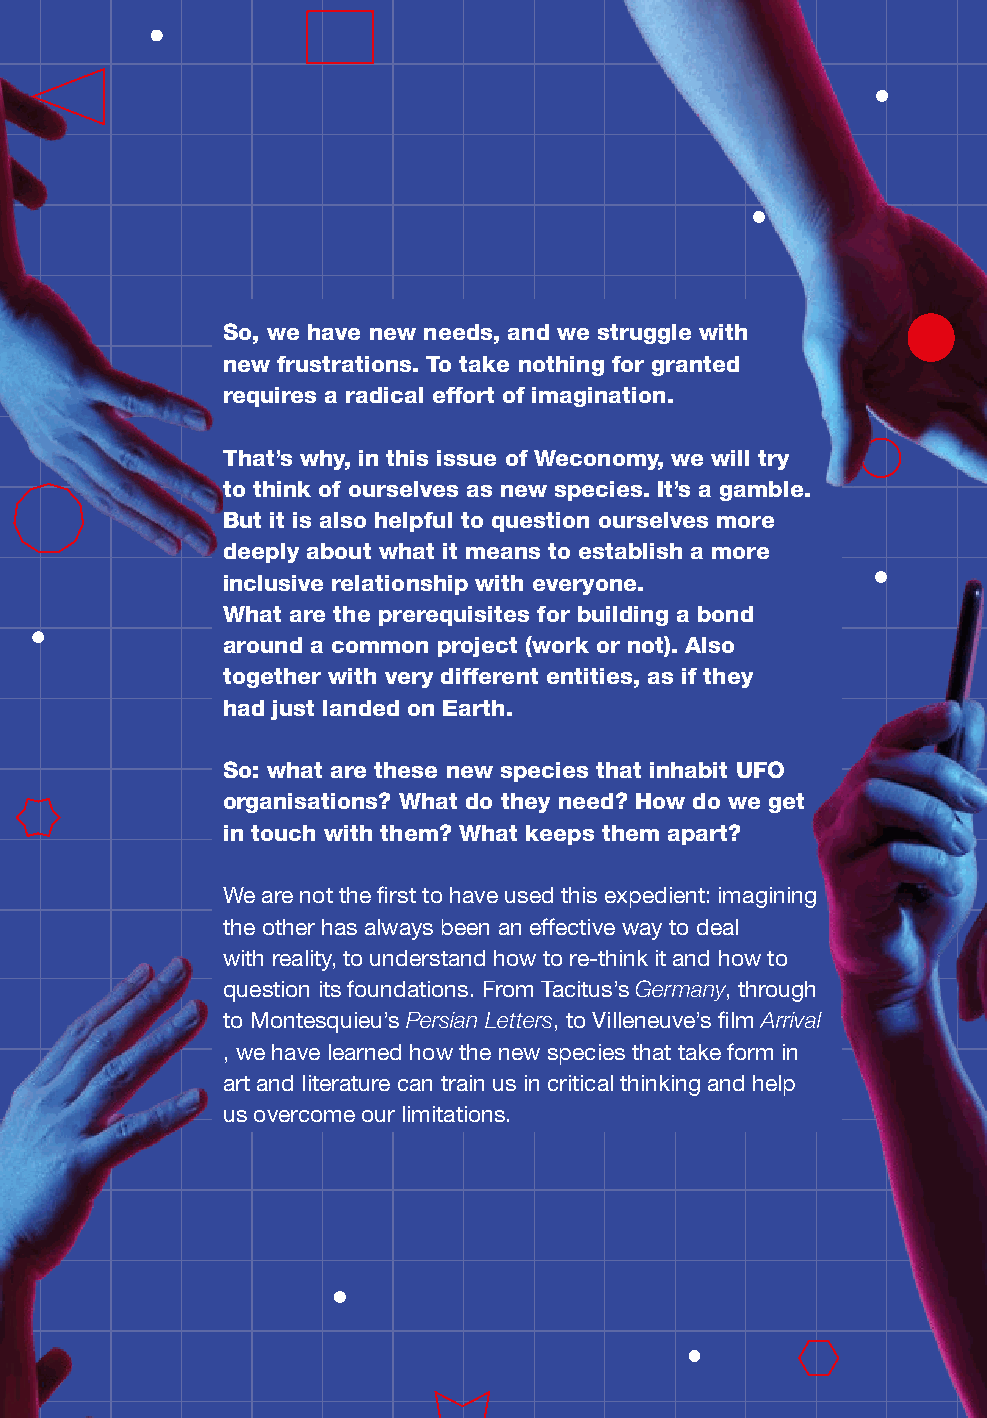
So, we have new needs, and we struggle with
 new frustrations. To take nothing for granted
 requires a radical effort of imagination.
 That’s why, in this issue of Weconomy, we will try
 to think of ourselves as new species. It’s a gamble.
 But it is also helpful to question ourselves more
 deeply about what it means to establish a more
 inclusive relationship with everyone.
 What are the prerequisites for building a bond
 around a common project (work or not). Also
 together with very different entities, as if they
 had just landed on Earth.
 So: what are these new species that inhabit UFO
 organisations? What do they need? How do we get
 in touch with them? What keeps them apart?
 We are not the first to have used this expedient: imagining
 the other has always been an effective way to deal
 with reality, to understand how to re-think it and how to
 question its foundations. From Tacitus’s Germany, through
 to Montesquieu’s Persian Letters, to Villeneuve’s film Arrival
 , we have learned how the new species that take form in
 art and literature can train us in critical thinking and help
 us overcome our limitations.